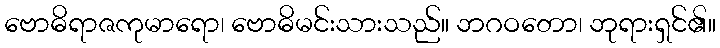
ဗောဓိရာဇကုမာရော၊ ဗောဓိမင်းသားသည်။ ဘဂဝတော၊ ဘုရားရှင်၏။